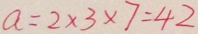
a = 2 \times 3 \times 7 = 4 2